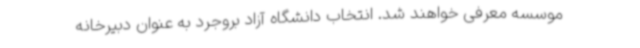
موسسه معرفی خواهند شد. انتخاب دانشگاه آزاد بروجرد به عنوان دبیرخانه